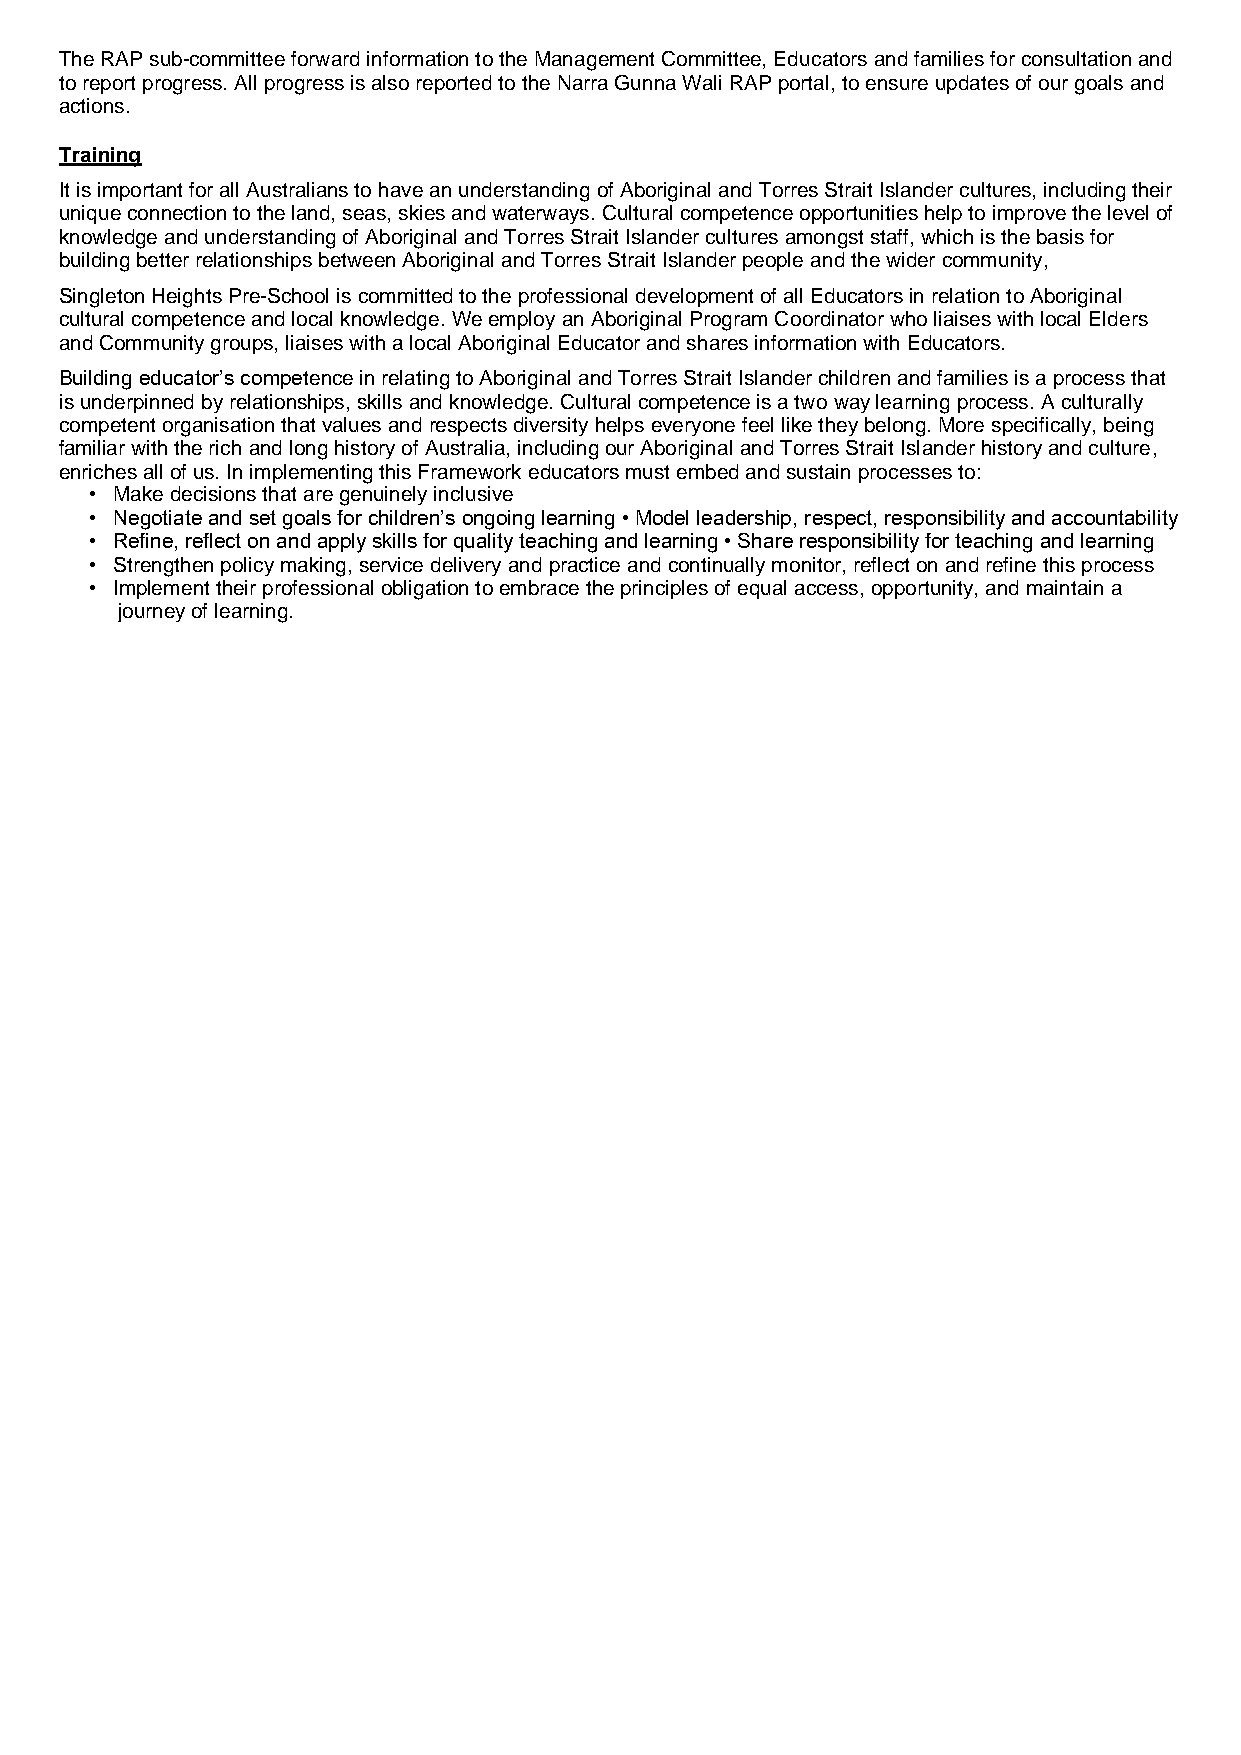
The RAP sub-committee forward information to the Management Committee, Educators and families for consultation and
 to report progress. All progress is also reported to the Narra Gunna Wali RAP portal, to ensure updates of our goals and
 actions.
 Training
 It is important for all Australians to have an understanding of Aboriginal and Torres Strait Islander cultures, including their
 unique connection to the land, seas, skies and waterways. Cultural competence opportunities help to improve the level of
 knowledge and understanding of Aboriginal and Torres Strait Islander cultures amongst staff, which is the basis for
 building better relationships between Aboriginal and Torres Strait Islander people and the wider community,
 Singleton Heights Pre-School is committed to the professional development of all Educators in relation to Aboriginal
 cultural competence and local knowledge. We employ an Aboriginal Program Coordinator who liaises with local Elders
 and Community groups, liaises with a local Aboriginal Educator and shares information with Educators.
 Building educator’s competence in relating to Aboriginal and Torres Strait Islander children and families is a process that
 is underpinned by relationships, skills and knowledge. Cultural competence is a two way learning process. A culturally
 competent organisation that values and respects diversity helps everyone feel like they belong. More specifically, being
 familiar with the rich and long history of Australia, including our Aboriginal and Torres Strait Islander history and culture,
 enriches all of us. In implementing this Framework educators must embed and sustain processes to:
 • Make decisions that are genuinely inclusive
 • Negotiate and set goals for children’s ongoing learning • Model leadership, respect, responsibility and accountability
 • Refine, reflect on and apply skills for quality teaching and learning • Share responsibility for teaching and learning
 • Strengthen policy making, service delivery and practice and continually monitor, reflect on and refine this process
 • Implement their professional obligation to embrace the principles of equal access, opportunity, and maintain a
 journey of learning.